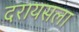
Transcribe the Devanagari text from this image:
दरायसला